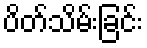
ပိတ်သိမ်းခြင်း